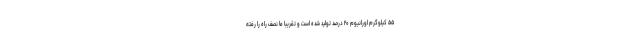
۵۵ کیلوگرم اورانیوم ۲۰ درصد تولید شده است و تقریبا ما نصف راه را رفته